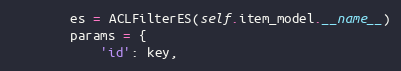
Language: Python
        es = ACLFilterES(self.item_model.__name__)
        params = {
            'id': key,